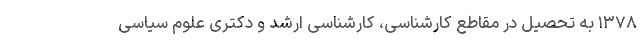
۱۳۷۸ به تحصیل در مقاطع کارشناسی، کارشناسی ارشد و دکتری علوم سیاسی